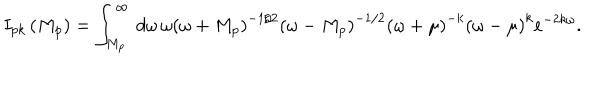
I _ { p k } \left( M _ { p } \right) = \int _ { M _ { p } } ^ { \infty } \, d \omega \, \omega \left( \omega + M _ { p } \right) ^ { - 1 / 2 } \left( \omega - M _ { p } \right) ^ { - 1 / 2 } \left( \omega + \mu \right) ^ { - k } \left( \omega - \mu \right) ^ { k } e ^ { - 2 k \omega } .